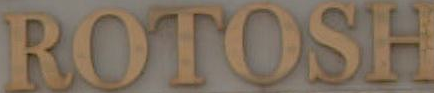
ROTOSH